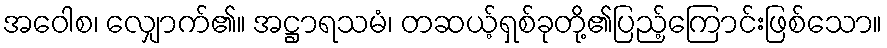
အဝေါစ၊ လျှောက်၏။ အဋ္ဌာရသမံ၊ တဆယ့်ရှစ်ခုတို့၏ပြည့်ကြောင်းဖြစ်သော။